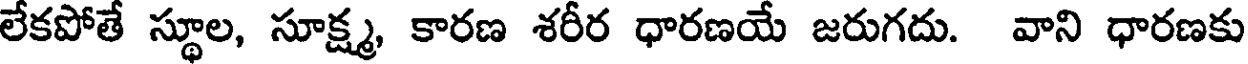
లేకపోతే స్థూల, సూక్ష్మ, కారణ శరీర ధారణయే జరుగదు. వాని ధారణకు